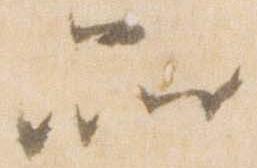
品